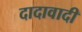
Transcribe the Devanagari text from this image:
दादावादी